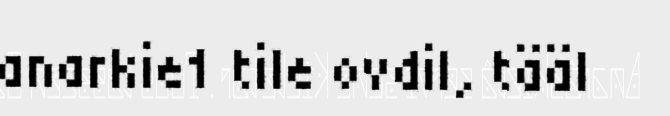
anarkie1 tile ovdil, tääl